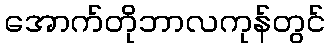
အောက်တိုဘာလကုန်တွင်